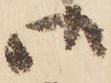
御